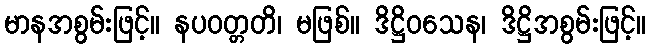
မာနအစွမ်းဖြင့်။ နပဝတ္တတိ၊ မဖြစ်။ ဒိဋ္ဌိဝသေန၊ ဒိဋ္ဌိအစွမ်းဖြင့်။